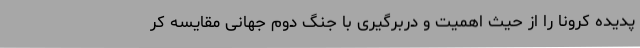
پدیده کرونا را از حیث اهمیت و دربرگیری با جنگ دوم جهانی مقایسه کر